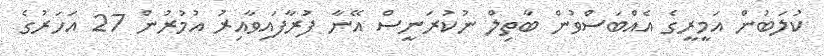
ކުލަބުން އަމީރީގެ އެއްބަސްވުން ބާތިލް ނުކުރަނީސް އޭނާ ފުރާފައިވާއިރު އުމުރުން 27 އަހަރުގެ